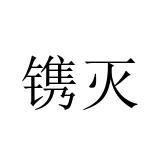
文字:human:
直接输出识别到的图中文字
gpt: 镌灭